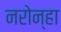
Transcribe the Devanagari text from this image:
नरोन्हा